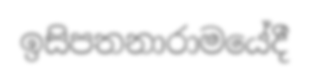
ඉසිපතනාරාමයේදී